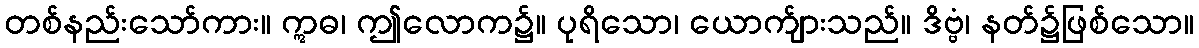
တစ်နည်းသော်ကား။ ဣဓ၊ ဤလောက၌။ ပုရိသော၊ ယောက်ျားသည်။ ဒိဗ္ဗံ၊ နတ်၌ဖြစ်သော။